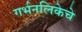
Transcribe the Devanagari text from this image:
गर्भनलिकेचे